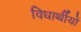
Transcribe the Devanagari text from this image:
विधार्थीयों